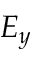
E _ { y }